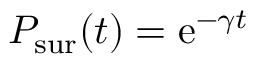
P _ { \mathrm { s u r } } ( t ) = \mathrm { e } ^ { - \gamma t }